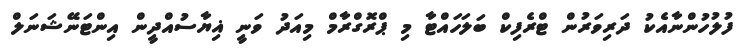
ފުލުހުންނާއެކު ދަރިވަރުން ޓްރެފިކް ބަލަހައްޓާ މި ޕްރޮގްރާމް މިއަދު ވަނީ ޣިޔާސުއްދީން އިންޓަނޭޝަނަލް